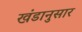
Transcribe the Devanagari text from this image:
खंडानुसार